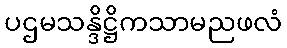
ပဌမသန္ဒိဋ္ဌိကသာမညဖလံ